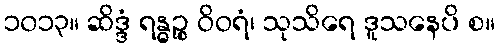
၁၀၁၃။ ဆိဒ္ဒံ ရန္ဓဉ္စ ဝိဝရံ၊ သုသိရေ ဒူသနေပိ စ။